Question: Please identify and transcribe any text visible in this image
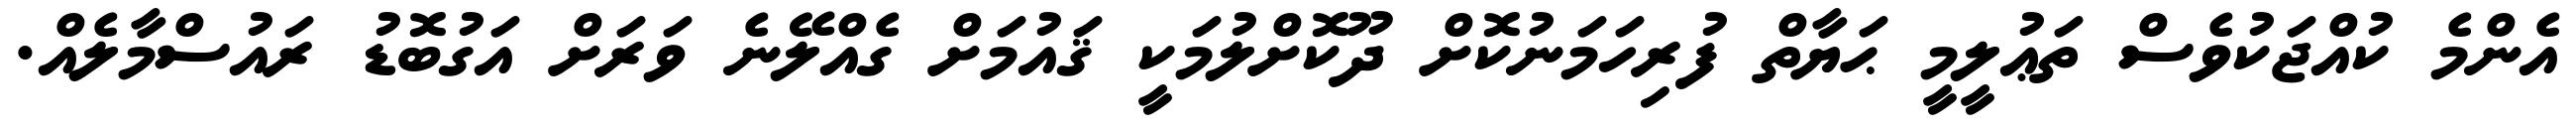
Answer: އެންމެ ކުއްޖަކުވެސް ތަޢުލީމީ ޙަޔާތް ފުރިހަމަނުކޮށް ދޫކޮށްލުމަކީ ޤައުމަށް ގެއްލޭނެ ވަރަށް އަގުބޮޑު ރައުސްމާލެއް.